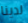
لدينا